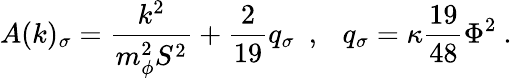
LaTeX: A(k)_{\sigma}=\frac{k^{2}}{m_{\phi}^{2}S^{2}}+\frac{2}{19}q_{\sigma}~~,~~~q_{\sigma}=\kappa\frac{19}{48}\Phi^{2}~.